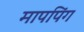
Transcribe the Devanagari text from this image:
मापपिंग